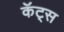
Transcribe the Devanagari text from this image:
कॅट्स